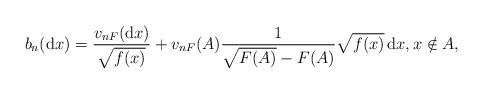
LaTeX: \begin{align*} b_n(\mathrm{d}x) = \frac{v_{nF}(\mathrm{d}x)}{\sqrt{f(x)}} +v_{nF}(A)\frac{1}{\sqrt{F(A)} - F(A)} \sqrt{f(x)} \,\mathrm{d}x ,x\notin A,\end{align*}